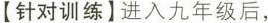
【针对训练】进入九年级后，